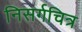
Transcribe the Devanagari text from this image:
निसर्गचित्र